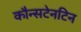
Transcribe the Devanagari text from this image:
कौन्सटेनटिन